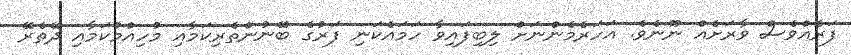
ފަރެއްވެސް ވާރަށެއް ނޫނެވެ. އަހަރެމެންނަށް ލިބިފައިވާ ހަމައެކަނި ފަރުގެ ބޭނުންތެރިކަމާއި މުހިއްމުކަމާއި ދޭތެރޭ